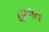
હાલત